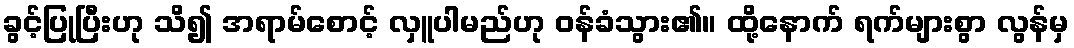
ခွင့်ပြုပြီးဟု သိ၍ အရာမ်စောင့် လှူပါမည်ဟု ဝန်ခံသွား၏။ ထို့နောက် ရက်များစွာ လွန်မှ